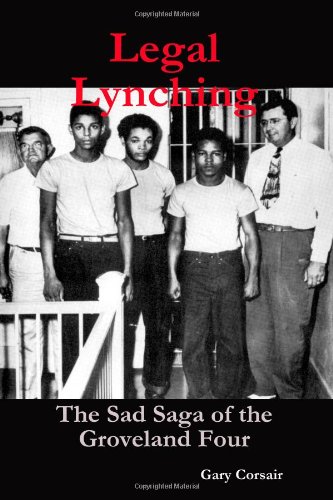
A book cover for Legal Lynching:  The Sad Saga of the Groveland Four; Mr Gary Corsair; Law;